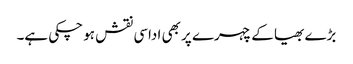
بڑے بھیا کے چہرے پر بھی اداسی نقش ہو چکی ہے۔